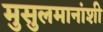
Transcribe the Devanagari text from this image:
मुसुलमानांशी